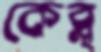
কেব্ল্